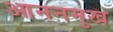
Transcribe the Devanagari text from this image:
आननमुख